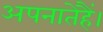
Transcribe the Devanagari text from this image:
अपनातेहैं।